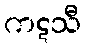
ကဋသီ